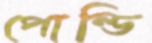
পোল্ডি